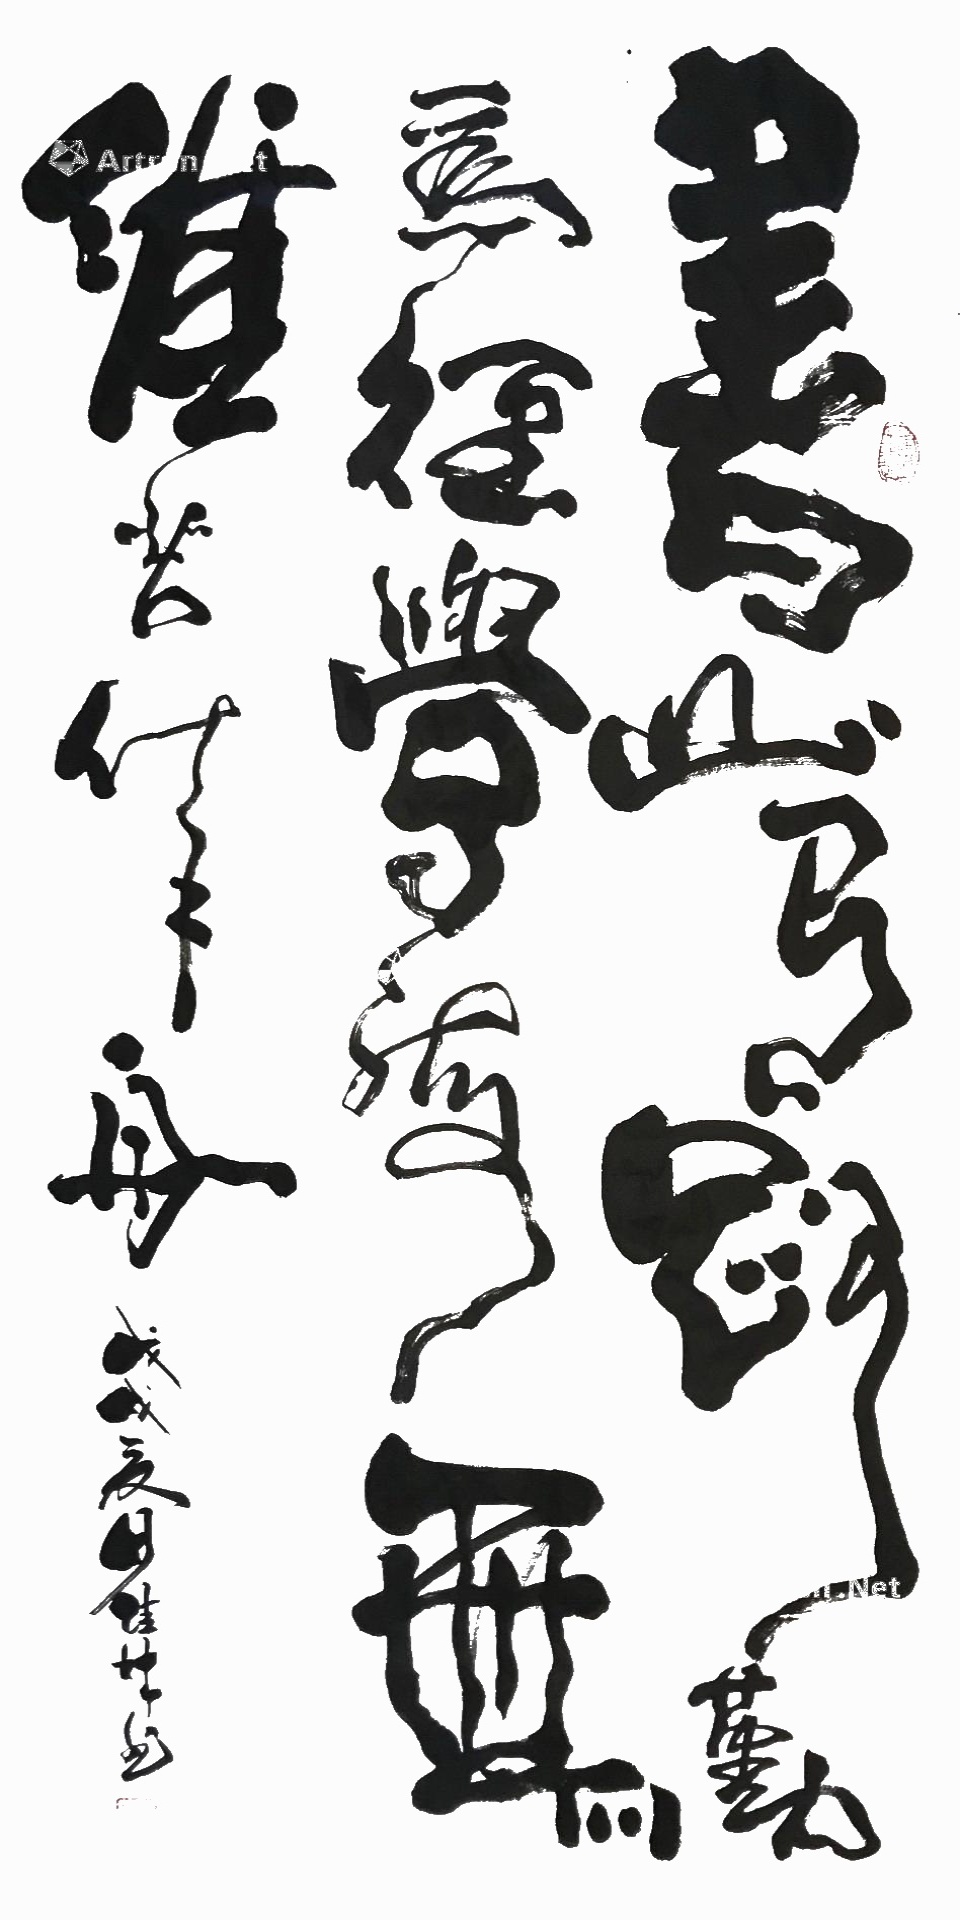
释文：书山有路勤为径学海无涯苦作舟戊戍夏月佳林书